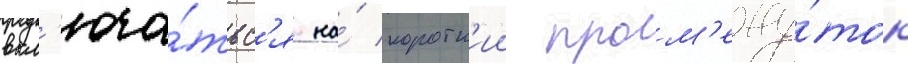
вкл'юча́тьс'я на́ коротк'ии пром'ежу́ток